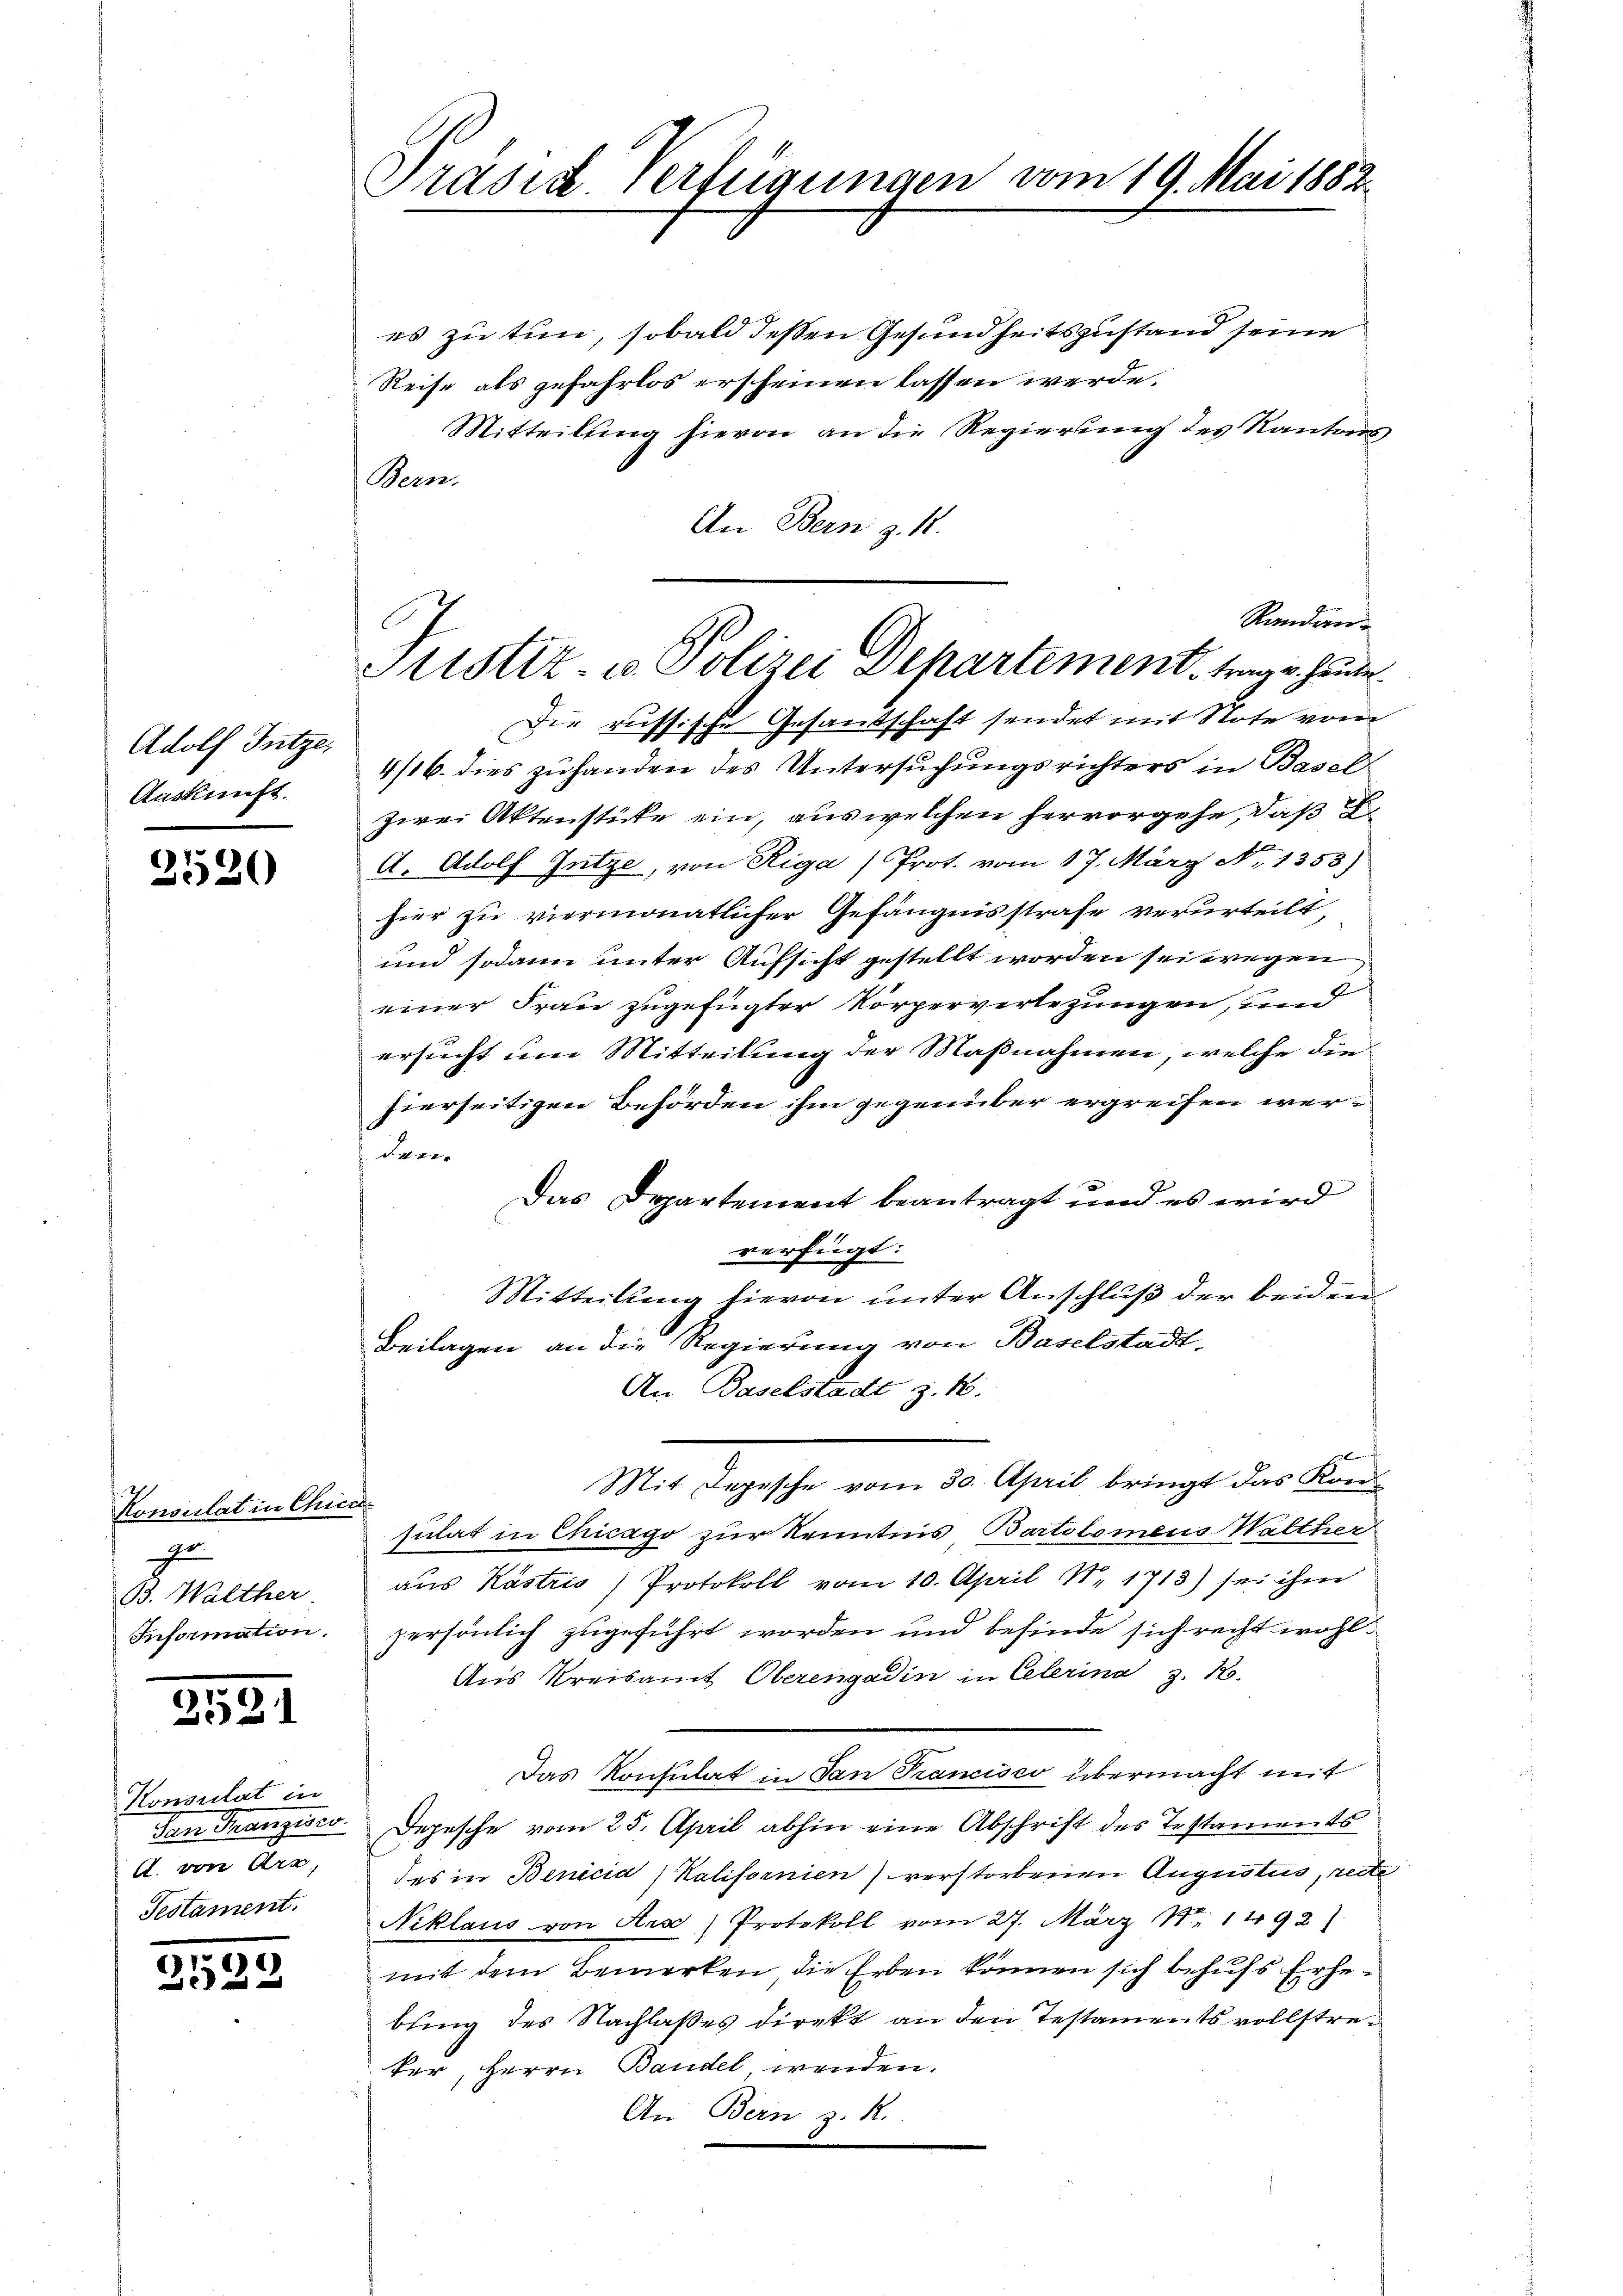
Adolf Jutze,
Auskunft.

2520

Konsulat in Chica
zu
B3. Walther
Information.

2521

Konsulat in
San Franzisco
A. von Arr,
Testament.

2522

Präsid verfügungen vom 19. Mai 1882.

Kandiert
Justiz u. Polizei Departement trage heute

es zu tun, sobald deßen Gesundheitszustand seine
Reise als gefahrlos erscheinen lassen werde.
Mitteilung hievon an die Regierung des Kantons¬
Bern.
An Bern z. B.
Die russische Gesandschaft sendet mit Note vom
4/16. dies zuhanden des Untersuchungsrichters in Basel-
zwei Aktenstüke ein, aus welchen hervorgehe, daß F.
A. Adolf Gütze, von Riga / Prot. vom 17. März No. 1353)
hier zu viermonatlicher Gefängnisstrafe verurteilt,
und sodann unter Aufsicht gestellt worden sei wegen
einer Frau zugefügter Körperverlegungen, und
ersucht um Mitteilung der Maßnahmen, welche die
hierseitigen Behörden ihm gegenüber ergreifen werder.
Das Departement beantragt und es wird
verfügt:
Mitteilung hievon unter Anschluß der beiden
Beilagen an die Regierung von Baselstadt-
An Baselstadt z. B.
Mit Depesche vom 30. April bringt das Konsulat in Chicago zur Kenntnis Bartolomens Walther
aus Köstris Protokoll vom 10. April Nr. 1713) sei ihm
persönlich zugeführt worden und befinde sich recht wohl¬
Aus Kreisamt Oberengadin in Celerina z. 18.
Das Konsulat in San Francisco übermacht mit
Depesche vom 25. April abhin eine Abschrift des Testaments
des in Benicia Kalifornien) verstorbenen Augustus, rede
Niklaus von Ara) Protokoll vom 27. März Nr. 1492
mit dem Bemerken die Erben können sich behufs Erhebung des Nachlaßes direkt an den Testaments vollstreker, Herrn Bandel, wenden.
An Bern z. R.